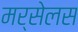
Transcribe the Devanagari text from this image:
मर्सेलस